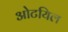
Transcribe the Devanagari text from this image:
ओटयिल